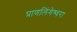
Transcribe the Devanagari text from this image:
प्राणलिंगेश्‍वरा